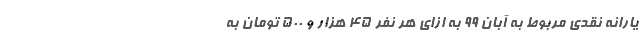
یارانه نقدی مربوط به آبان ۹۹ به ازای هر نفر ۴۵ هزار و ۵۰۰ تومان به